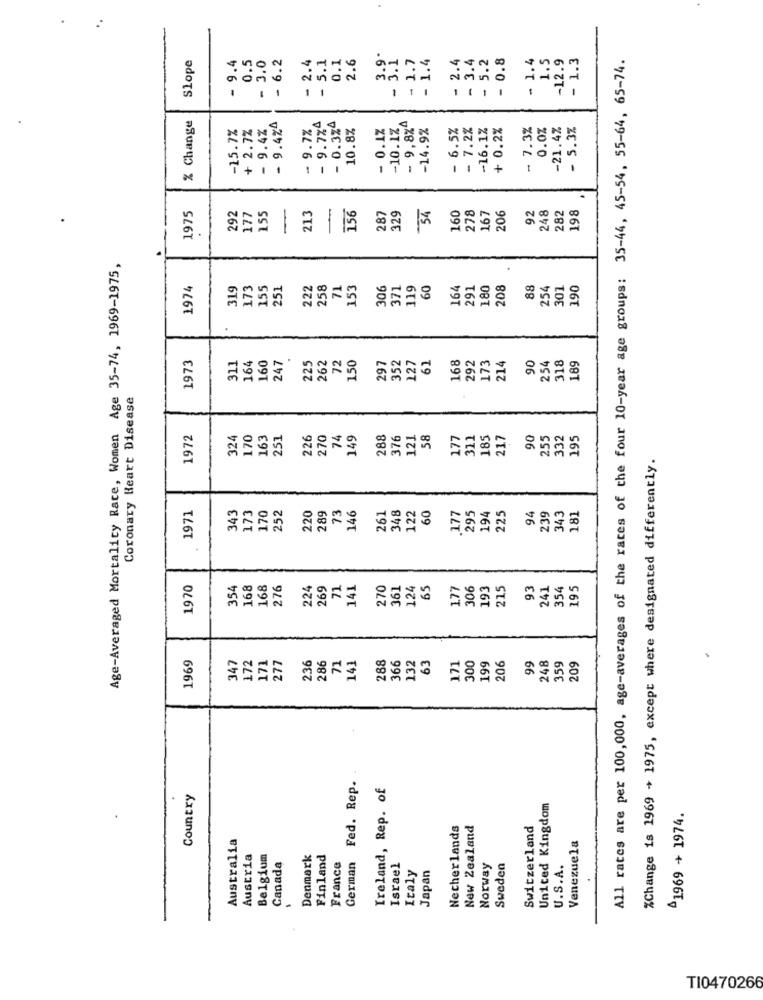
.
Slope
0.5
3.0
- 2.4
5.1
0.1
2.6
3.9.
- 3.1
- 1.7
- 1.4
- 2.4
- 3.4
5.2
0.8
- 1.4
1.5
-12.9
- 1.3
All rates are per 100,000, age-averages of the races of the four 10-year age groups: 35-44, 45-54, 55-64, 65-74.
- 9.4
- 6.2
1
% Change
- 9.7%4
-15.7%
+ 2.7%
9.4%
9.424
- 9.7%
- 0.3%4
10.8%
- 0.1%
-10.1%
- 9,8%"
-14.9%
- 6.5%
- 7.2%
-16.1%
+ 0.2%
- 7.3%
0.0%
-21.4%
- 5.3%
1
1975
-
156
54
160
92
248
198
292
177
155
213
-
287
329
278
167
206
282
Age-Averaged Mortality Rate, Women Age 35-74, 1969-1975,
1974
31.9
173
155
251
222
258
71
153
306
371
119
60
164
291
180
208
88
254
301
190
1973
247
262
72
150
127
62
168
292
90
311
164
160
225
297
352
173
214
254
318
189
Coronary Heart Disease
1972
324
170
163
251
226
270
74
149
288
376
121
58
177
311
185
21.7
90
255
332
195
%Change is 1969 + 1975, except where designated differently.
1971
343
146
348
122
60
94
181
173
170
252
220
289
73
261
1.77
295
194
225
239
343
1970
354
168
168
276
224
269
71.
141
270
361
124
65
1.77
306
193
215
93
241
354
195
1969
347
172
171
277
236
71
141
1.32
63
199
99
248
359
209
286
288
366
171
300
206
German Fed. Rep.
Ireland, Rep. of
Country
United Kingdom
1969 + 1974.
Necherlands
New Zealand
Switzerland
Australia
Venezuela
Austria
Belgium
Denmark
Finland
France
Canada
Israel
Japan
Norway
Sweden
U.S.A.
Italy
00
-
TI0470266